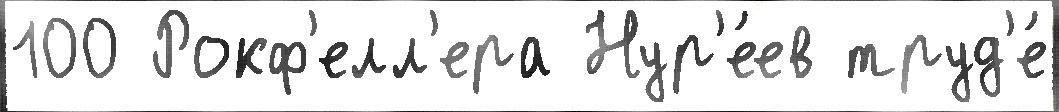
100 Рокф'елл'ера Нур'е́ев труд'е́